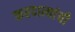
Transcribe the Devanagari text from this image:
करदात्यांची